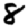
Digit: 8